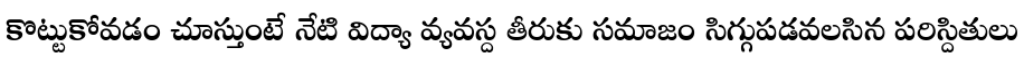
కొట్టుకోవడం చూస్తుంటే నేటి విద్యా వ్యవస్ద తీరుకు సమాజం సిగ్గుపడవలసిన పరిస్దితులు